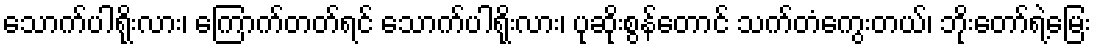
သောက်ပါရိုးလား၊ ကြောက်တတ်ရင် သောက်ပါရိုးလား၊ ပုဆိုးစွန်တောင် သက်တံကွေးတယ်၊ ဘိုးတော်ရဲ့မြေး